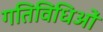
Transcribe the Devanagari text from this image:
गतिविधिओं